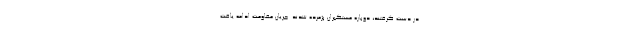
در دست گرفتند، دوباره مستکبران پژمرده شدند. جریان مقاومت ادامه یافت